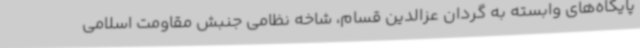
پایگاه‌های وابسته به گردان عزالدین قسام، شاخه نظامی جنبش مقاومت اسلامی